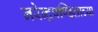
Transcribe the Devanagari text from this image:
नरेन्द्रपण्डिताच्या